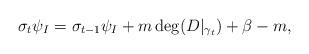
LaTeX: \begin{align*}\sigma_t \psi_I = \sigma_{t-1} \psi_I + m\deg (D \vert_{\gamma_t}) + \beta -m,\end{align*}